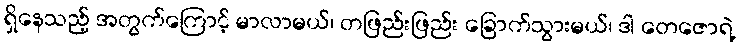
ရှိနေသည့် အတွက်ကြောင့် မာလာမယ်၊ တဖြည်းဖြည်း ခြောက်သွားမယ်၊ ဒါ တေဇောရဲ့